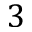
3